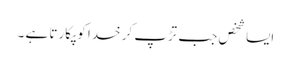
ایسا شخص جب تڑپ کر خدا کو پکارتا ہے ۔